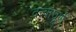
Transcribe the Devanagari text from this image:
दत्वाघूर्ण